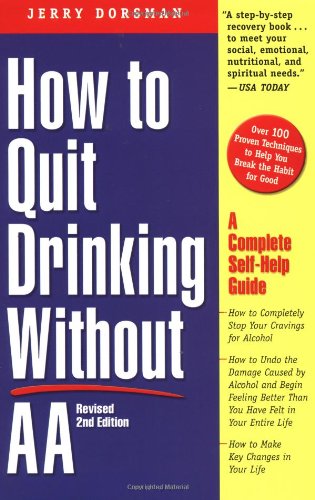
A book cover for How to Quit Drinking without AA: A Complete Self-Help Guide, 2nd Edition; Jerry Dorsman; Health, Fitness & Dieting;